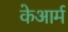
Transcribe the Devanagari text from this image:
केआर्म